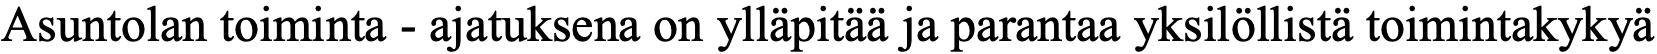
Asuntolan toiminta - ajatuksena on ylläpitää ja parantaa yksilöllistä toimintakykyä